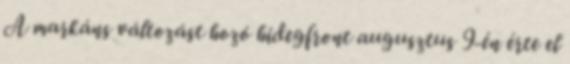
A markáns változást hozó hidegfront augusztus 9-én érte el